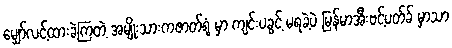
မျှော်လင့်ထားခဲ့ကြတဲ့ အမျိုးသားကဇာတ်ရုံ မှာ ကျင်းပခွင့် မရခဲ့ပဲ မြန်မာအီးဗင့်ပတ်ခ် မှာသာ